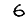
Digit: 6